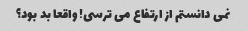
نمی دانستم از ارتفاع می ترسی! واقعا بد بود؟